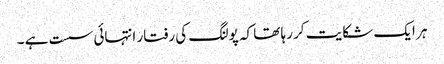
ہر ایک شکایت کر رہا تھا کہ پولنگ کی رفتار انتہائی سست ہے ۔